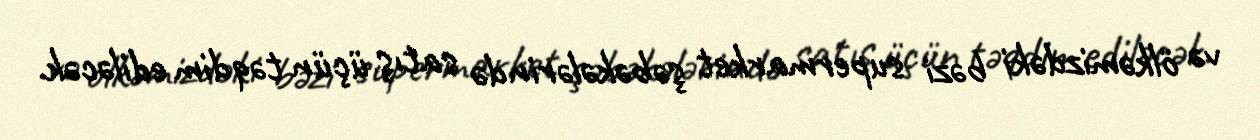
və ölkəmizdəki bəzi supermarket şəbəkələrində satış üçün təqdim ediləcək.